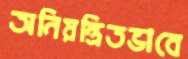
অনিয়ন্ত্রিতভাবে